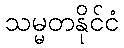
သမ္မတနိုင်ငံ